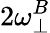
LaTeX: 2\omega_{\perp}^{B}